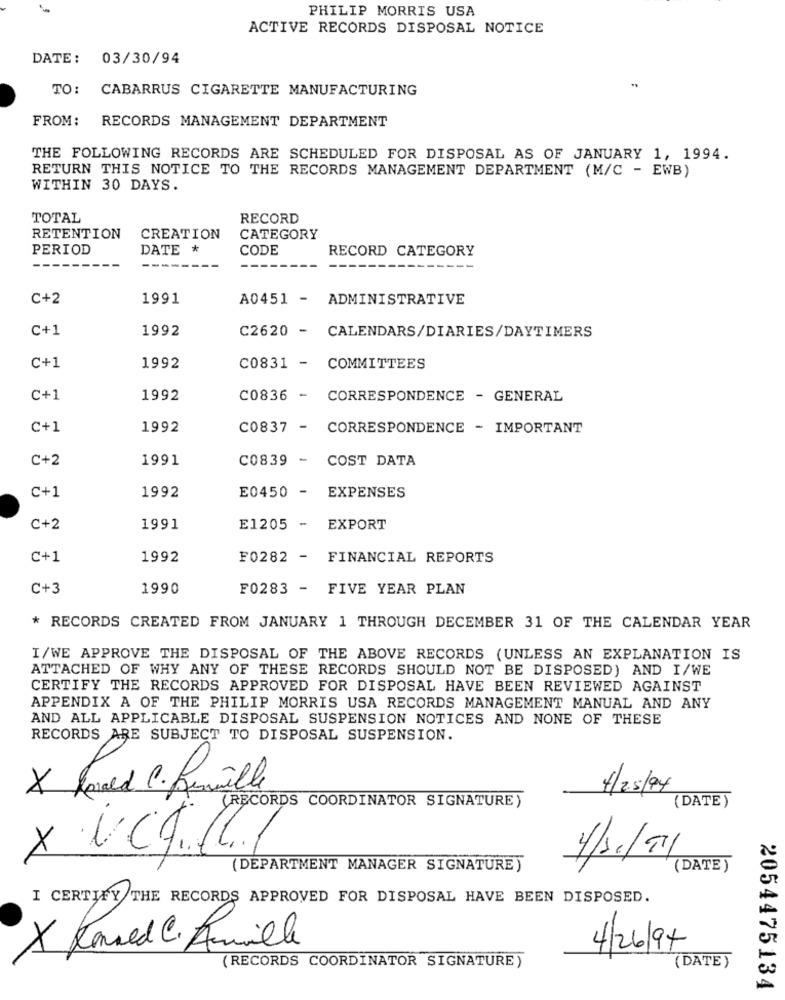
PHILIP MORRIS USA
ACTIVE RECORDS DISPOSAL NOTICE
DATE :
03/30/94
TO:
CABARRUS CIGARETTE MANUFACTURING
FROM:
RECORDS MANAGEMENT DEPARTMENT
THE FOLLOWING RECORDS ARE SCHEDULED FOR DISPOSAL AS OF JANUARY 1, 1994.
RETURN THIS NOTICE TO THE RECORDS MANAGEMENT DEPARTMENT (M/C - EWB)
WITHIN 30 DAYS.
TOTAL
RECORD
RETENTION
CREATION
CATEGORY
PERIOD
DATE *
CODE
RECORD CATEGORY
C+2
1991
A0451 - ADMINISTRATIVE
C+1
1992
C2620 - CALENDARS/DIARIES/DAYTIMERS
C+1
1992
C0831 - COMMITTEES
C+1
1992
C0836 - CORRESPONDENCE - GENERAL
C+1
1992
C0837 - CORRESPONDENCE - IMPORTANT
C+2
1991
C0839 - COST DATA
C+1
1992
E0450 - EXPENSES
C+2
1991
E1205 - EXPORT
C+1
1992
F0282 - FINANCIAL REPORTS
C+3
1990
F0283 - FIVE YEAR PLAN
* RECORDS CREATED FROM JANUARY 1 THROUGH DECEMBER 31 OF THE CALENDAR YEAR
I/WE APPROVE THE DISPOSAL OF THE ABOVE RECORDS (UNLESS AN EXPLANATION IS
ATTACHED OF WHY ANY OF THESE RECORDS SHOULD NOT BE DISPOSED) AND I/WE
CERTIFY THE RECORDS APPROVED FOR DISPOSAL HAVE BEEN REVIEWED AGAINST
APPENDIX A OF THE PHILIP MORRIS USA RECORDS MANAGEMENT MANUAL AND ANY
AND ALL APPLICABLE DISPOSAL SUSPENSION NOTICES AND NONE OF THESE
RECORDS ARE SUBJECT TO DISPOSAL SUSPENSION.
X Roald C. famille
4/25/94
(DATE)
(RECORDS COORDINATOR SIGNATURE)
4/31/91
(DEPARTMENT MANAGER SIGNATURE)
(DATE)
I CERTIFY THE RECORDS APPROVED FOR DISPOSAL HAVE BEEN DISPOSED.
X Kanved C. Amile
4/26/94
(RECORDS COORDINATOR SIGNATURE)
(DATE)
2054475134